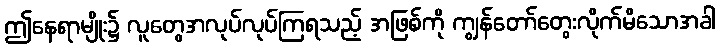
ဤနေရာမျိုး၌ လူတွေအလုပ်လုပ်ကြရသည့် အဖြစ်ကို ကျွန်တော်တွေးလိုက်မိသောအခါ